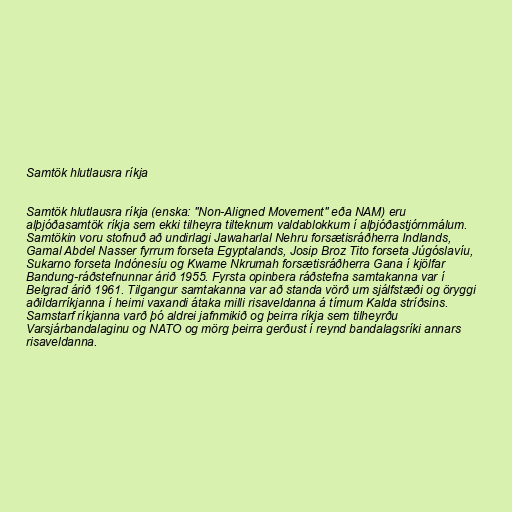
Samtök hlutlausra ríkja

Samtök hlutlausra ríkja (enska: "Non-Aligned Movement" eða NAM) eru
alþjóðasamtök ríkja sem ekki tilheyra tilteknum valdablokkum í alþjóðastjórnmálum.
Samtökin voru stofnuð að undirlagi Jawaharlal Nehru forsætisráðherra Indlands,
Gamal Abdel Nasser fyrrum forseta Egyptalands, Josip Broz Tito forseta Júgóslavíu,
Sukarno forseta Indónesíu og Kwame Nkrumah forsætisráðherra Gana í kjölfar
Bandung-ráðstefnunnar árið 1955. Fyrsta opinbera ráðstefna samtakanna var í
Belgrad árið 1961. Tilgangur samtakanna var að standa vörð um sjálfstæði og öryggi
aðildarríkjanna í heimi vaxandi átaka milli risaveldanna á tímum Kalda stríðsins.
Samstarf ríkjanna varð þó aldrei jafnmikið og þeirra ríkja sem tilheyrðu
Varsjárbandalaginu og NATO og mörg þeirra gerðust í reynd bandalagsríki annars
risaveldanna.